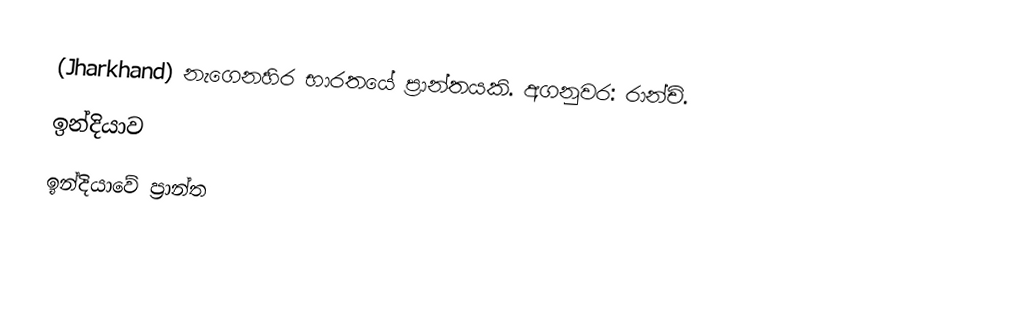
(Jharkhand) නැගෙනහිර භාරතයේ ප්‍රාන්තයකි. අගනුවර: රාන්චි.
ඉන්දියාව
ඉන්දියාවේ ප්‍රාන්ත